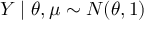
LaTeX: Y \mid \theta , \mu \sim N ( \theta , 1 )